Vaccination United Provinces of Agra and Oudh 1902-1913 - 1902-1913
Year: 1902
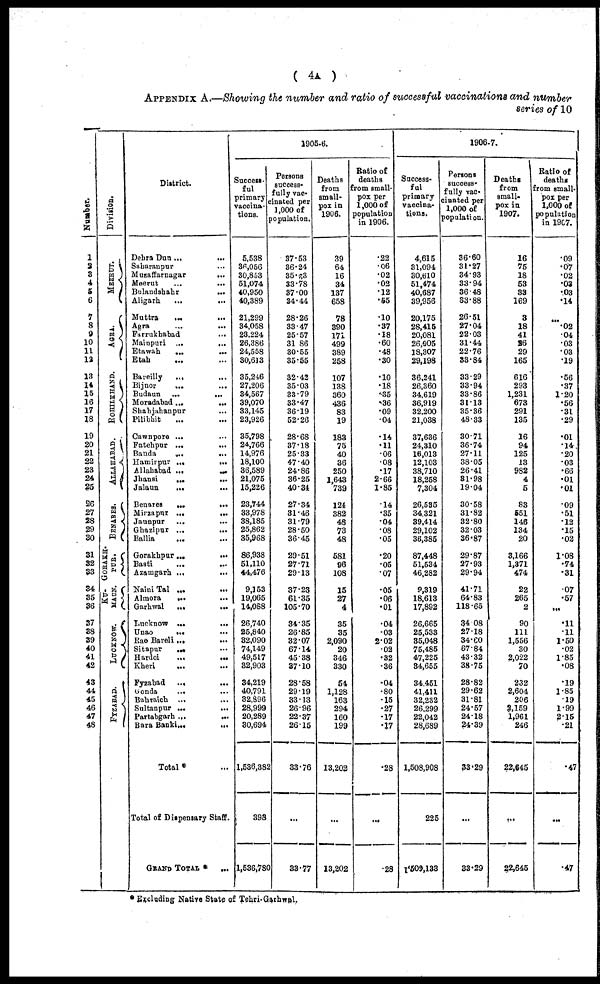
( 4A )
APPENDIX A.—Showing the number and ratio of successful vaccinations and number
series of 10
Number.
1
2
3
4
5
6
7
8
9
10
11
12
13
14
15
16
17
18
19
20
21
22
23
24
25
26
27
28
29
30
31
32
33
34
35
36
37
38
39
40
41
42
43
44
45
46
47
48
Division.
MEERUT.
AGRA.
ROHILKHAND.
ALLAHABAD.
BENARES.
GORAKH-
PUR.
MAUN.
LUCKNOW.
FYZABAD.
District.
Debra Dun ...
...
Saharaupur ...
Muzaffarnagar ...
Meerut
...
...
Bulandshahr ...
Aligarh
...
...
Mutrra
...
...
Agra
...
...
Farrukhabad ...
Mainpuri ...
...
Etawah ... ...
Etah ... ...
Bareilly
... ...
Bijnor
... ...
Budaun ...
...
Moradabad
...
...
Shahjahanpur ...
Pilibhit ... ...
Cawnpore ... ...
Fatehpur ... ...
Banda
...
...
Hamirpur ...
...
Allahabad ...
...
Jhansi
...
...
Jalaun
...
Benares
...
...
Mirzapur ...
...
Jaunpur
... ...
Ghazipur ... ...
Ballia
...
Gorakhpur ...
...
Basti
...
...
Azamgarh ... ...
Naini Tal ... ...
Almora
... ...
Garhwal ... ...
Lucknow ...
...
Unao
... ...
Rae Bareli ... ...
Sitapur ... ...
Hardoi
...
...
Kheri
... ...
Fyzabad ... ...
Gonda
... ...
Bahtaich ... ...
Sultanpur ... ...
Partabgarh ... ...
Bara Banki ... ...
Total * ...
Total of Dispensary Staff.
GRAND TOTAL *
...
1905-6.
Success-
ful
primary
vaccina-
tions.
5,538
36,056
30,853
51,074
40,950
40,389
21,299
34,058
23,224
26,386
24,558
30,613
35,246
27,206
34,567
39,070
33,145
23,926
35,798
24,766
14,976
18,100
36,589
21,075
15,226
23,744
33,978
38,185
25,862
35,968
86,938
51,110
44,476
9,153
19,065
14,088
26,740
25,840
32,090
74,149
49,517
32,903
34,219
40,791
32,896
28,999
20,289
30,694
1,536,382
398
1,536,780
Persons
success-
fully vac-
cinated per
1,000 of
population.
37.53
36.24
35.23
33.78
37.00
34.44
28.26
33.47
25.57
31.86
30.55
35.55
32.42
35.03
33 79
33.47
36.19
52.26
28.68
37.18
25.33
47.40
24.86
36.25
40.34
27.34
31.46
31.79
28.50
36.45
29.51
27.71
29.13
37.23
61.35
105.70
34.35
26.85
32.07
67.14
45.38
37.10
28.58
29.19
33.13
26.96
22.37
26.15
33.76
...
33.77
Deaths
from
small-
pox in
1906.
39
64
16
34
137
658
78
390
171
499
389
258
107
138
360
436
83
19
183
75
40
36
250
1,643
739
124
382
48
73
48
581
96
108
15
27
4
35
35
2,090
20
346
330
54
1,128
163
294
160
199
13,202
...
13,202
Ratio of
deaths
from small-
pox per
1,000 of
population
in 1906.
.22
.06
.02
.02
.12
.65
.10
.37
.18
.60
.48
.30
.10
.18
.35
.36
.09
.04
.14
.11
.06
.08
.17
2.66
1.85
.14
.35
.04
.08
.05
.20
.05
.07
.05
.06
.01
.04
.03
2.02
.02
.32
.36
.04
.80
15
.27
.17
.17
.28
...
.28
1906-7.
Success-
ful
primary
vaccina-
tions.
4,615
31,094
30,610
51,474
40,687
39,956
20,175
28,416
20,081
26,005
18,307
29,198
36,241
26,360
34,619
36,919
32,200
21,038
37,636
24,310
16,013
12,103
38,710
18,258
7,304
26,535
34,321
39,414
29,102
36,385
87,448
51,534
46,282
9,319
18,613
17,892
26,665
25,533
35,048
75,485
47,225
34,655
34,451
41,411
32,232
26,299
22,042
28,689
1,508,908
225
1,509,133
Persons
success-
fully vac-
cinated per
1,000 of
population.
36.60
31.27
34.93
33.94
36.48
33.88
26.51
27.04
22.03
31.44
22.76
33.84
33.29
33.94
33.86
31.13
35.36
48.33
30.71
36.74
27.11
38.05
26.41
31.98
19.04
30.58
31.82
32.80
32.03
36.87
29.87
27.93
29.94
41.71
64.83
118.65
34.08
27.18
34.60
67.84
43.32
38.75
28.82
29.62
31.81
24.57
24.18
24.39
33.29
...
33.29
Deaths
from
small-
pox in
1907.
16
75
18
53
33
169
3
18
41
26
29
165
616
293
1,231
673
291
135
16
94
125
13
982
4
5
83
551
146
134
20
3,166
1,371
474
22
265
2
90
111
1,556
30
2,022
70
232
2,604
206
3,159
1,961
246
22,645
...
22,645
Ratio of
deaths
from small-
pox per
1,000 of
population
in 1907.
.09
.07
.02
.03
.03
.14
...
.02
.04
.03
.03
.19
.56
.37
1.20
.56
.31
.29
.01
.14
.20
.03
.66
.01
.01
.09
.51
.12
.15
.02
1.08
.74
.31
.07
.57
...
.11
.11
1.50
.02
1.85
.08
.19
1.85
.19
1.99
2.15
.21
.47
...
.47
* Excluding Native State of Tehri-Garhwal.